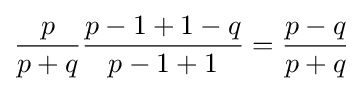
{\frac {p}{p+q}}{\frac {p-1+1-q}{p-1+1}}={\frac {p-q}{p+q}}